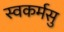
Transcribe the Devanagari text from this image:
स्वकर्मसु